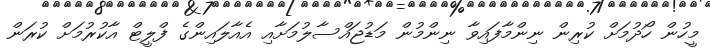
މީހުން ހޯދުމަށް ކުރިން ނިންމާފައިވާ ނިންމުން މަޑުޖައްސާލުމަށާއި އެއާލައިންގެ ފްލީޓް އާކުުރުމަށް ކުރަން